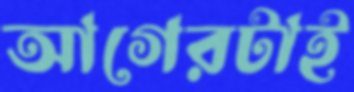
আগেরটাই